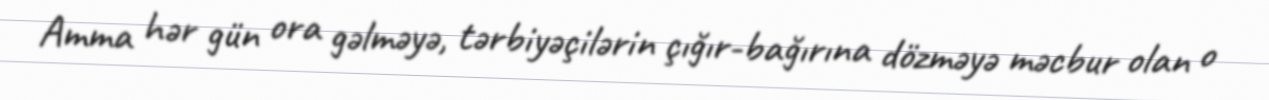
Amma hər gün ora gəlməyə, tərbiyəçilərin çığır-bağırına dözməyə məcbur olan o